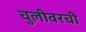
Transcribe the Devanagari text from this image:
चुलीवरची